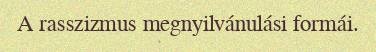
A rasszizmus megnyilvánulási formái.